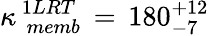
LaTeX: \kappa_{\, \, memb}^{\, 1LRT}\, =\, 180_{-7}^{+12}